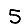
Digit: 5